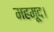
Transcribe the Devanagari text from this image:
महमूद।